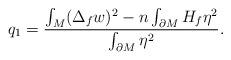
LaTeX: \begin{align*} q_1&=\frac{\int_M(\Delta_f w)^2-n\int_{\partial M}H_f\eta^2}{\int_{\partial M}\eta^2}.\end{align*}